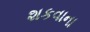
શકવાના